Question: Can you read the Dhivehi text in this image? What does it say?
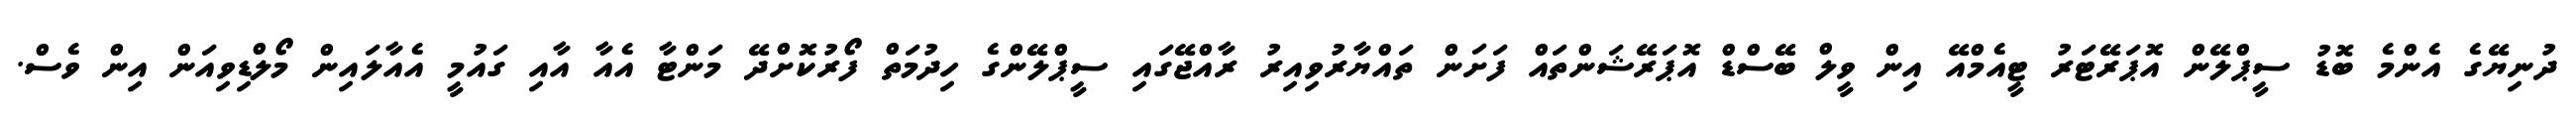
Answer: ދުނިޔޭގެ އެންމެ ބޮޑު ސީޕްލޭން އޮޕަރޭޓަރު ޓީއެމްއޭ އިން ވީލް ބޭސްޑް އޮޕަރޭޝަންތައް ފަށަން ތައްޔާރުވިއިރު ރާއްޖޭގައި ސީޕްލޭންގެ ހިދުމަތް ފޯރުކޮށްދޭ މަންޓާ އެއާ އާއި ގައުމީ އެއާލައިން މޯލްޑިވިއަން އިން ވެސް.